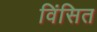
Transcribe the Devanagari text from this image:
विंसित